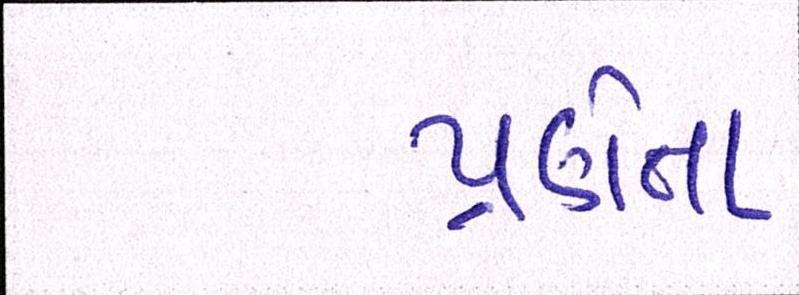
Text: પ્રણેતા